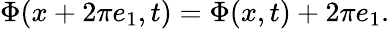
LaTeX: \Phi(x+2\pi e_{1},t)=\Phi(x,t)+2\pi e_{1}.